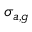
\sigma _ { a , g }